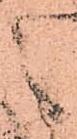
之